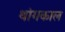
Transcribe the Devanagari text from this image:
थांगकाल